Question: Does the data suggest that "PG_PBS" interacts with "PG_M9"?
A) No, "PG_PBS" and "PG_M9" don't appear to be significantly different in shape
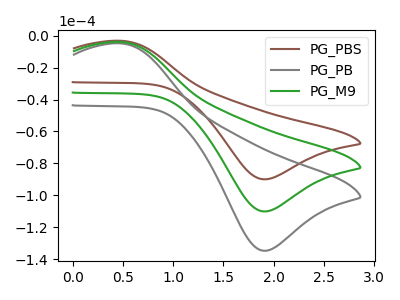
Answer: <think>The brown curve "PG_PBS" has an anodic peak at (0.45V, -3.25uA) and a cathodic peak at (1.90V, -89.85uA). The gray curve "PG_PB" has an anodic peak at (0.45V, -7.95uA) and a cathodic peak at (1.90V, -219.90uA). The green curve "PG_M9" has an anodic peak at (0.45V, -4.00uA) and a cathodic peak at (1.90V, -109.95uA).
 All the peaks in "PG_PBS" have a peak in "PG_M9" at the same potential.</think>
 <answer>A) No, "PG_PBS" and "PG_M9" don't appear to be significantly different in shape</answer>
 <eval>A</eval>